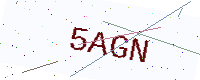
Text: 5AGN